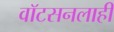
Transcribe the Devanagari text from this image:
वाॅटसनलाही